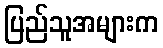
ပြည်သူအများက